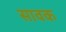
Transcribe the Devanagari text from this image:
सावक